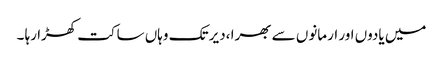
میں یادوں اور ارمانوں سے بھرا ،دیر تک وہاں ساکت کھڑا رہا ۔